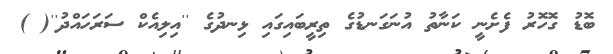
ބޮޑު ގޮހޮރު ފެށެނީ ކަނާތު އުނަގަނޑުގެ ތިރީބައިގައި ޅިނދުގެ ''އިލިއެކް ސަރަހައްދު''( )